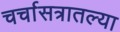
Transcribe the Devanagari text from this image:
चर्चासत्रातल्या